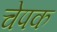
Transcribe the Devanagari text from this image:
चेपक